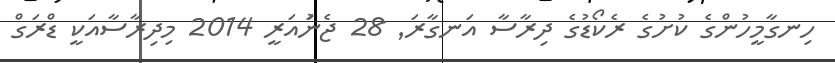
ހިނގާމީހުންގެ ކުށުގެ ރެކޯޑުގެ ދިރާސާ އަނގާރަ